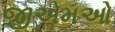
જીએમઓ